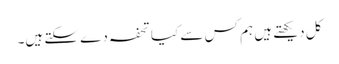
کل دیکھتے ہیں ہم کس سے کیا تحفہ دے سکتے ہیں۔